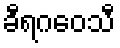
ခီရဂဝေသီ